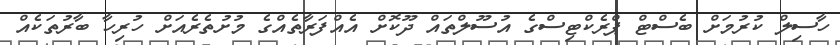
ހާސިލް ކުރުމަށް ބެސްޓް ޕްރެކްޓިސްގެ އުސޫލްތައް ދޫކޮށް އެއްފަރާތެއްގެ މުށުތެރެއަށް ހުރިހާ ބާރުތަކެއް